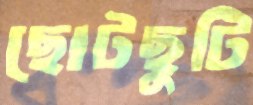
ছোটছুটি